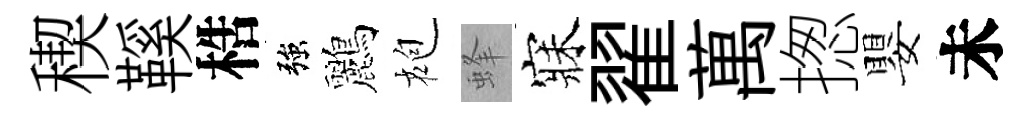
稧鞵梏強鸝袍蜂寐翟萬揔嬰未